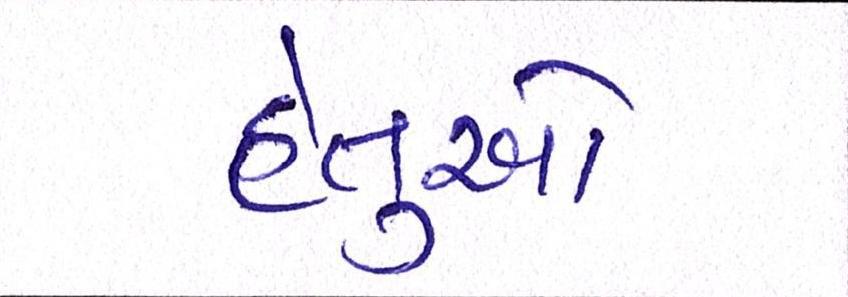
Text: હેતુઓ